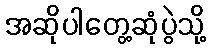
အဆိုပါတွေ့ဆုံပွဲသို့